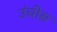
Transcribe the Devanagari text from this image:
उंचीस